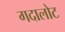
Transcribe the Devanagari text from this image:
गदालोट